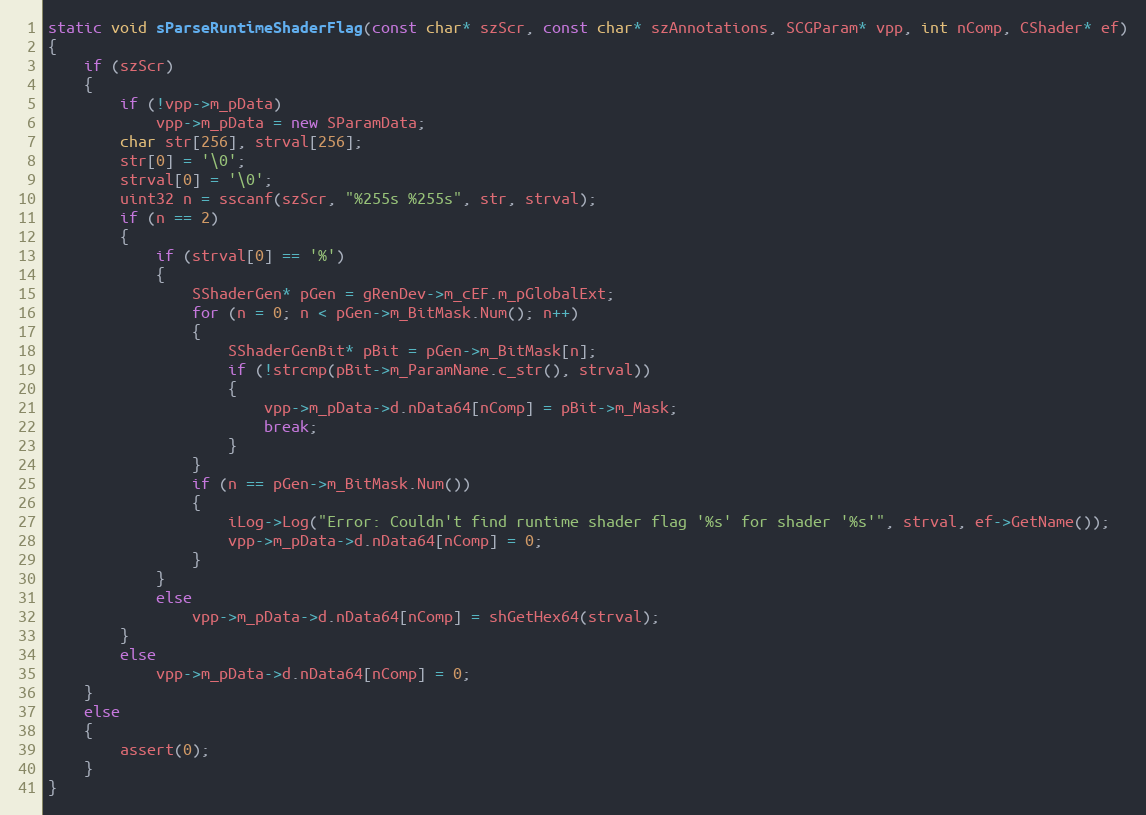
Language: C++
static void sParseRuntimeShaderFlag(const char* szScr, const char* szAnnotations, SCGParam* vpp, int nComp, CShader* ef)
{
	if (szScr)
	{
		if (!vpp->m_pData)
			vpp->m_pData = new SParamData;
		char str[256], strval[256];
		str[0] = '\0';
		strval[0] = '\0';
		uint32 n = sscanf(szScr, "%255s %255s", str, strval);
		if (n == 2)
		{
			if (strval[0] == '%')
			{
				SShaderGen* pGen = gRenDev->m_cEF.m_pGlobalExt;
				for (n = 0; n < pGen->m_BitMask.Num(); n++)
				{
					SShaderGenBit* pBit = pGen->m_BitMask[n];
					if (!strcmp(pBit->m_ParamName.c_str(), strval))
					{
						vpp->m_pData->d.nData64[nComp] = pBit->m_Mask;
						break;
					}
				}
				if (n == pGen->m_BitMask.Num())
				{
					iLog->Log("Error: Couldn't find runtime shader flag '%s' for shader '%s'", strval, ef->GetName());
					vpp->m_pData->d.nData64[nComp] = 0;
				}
			}
			else
				vpp->m_pData->d.nData64[nComp] = shGetHex64(strval);
		}
		else
			vpp->m_pData->d.nData64[nComp] = 0;
	}
	else
	{
		assert(0);
	}
}